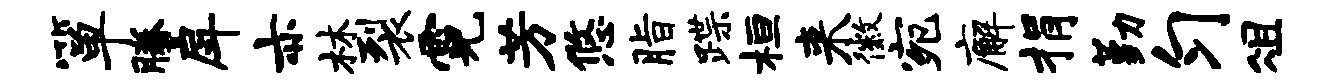
箪腾戽亦林裂霓芳悠脂蹀桓来徽宛廨捐勤匀俎